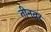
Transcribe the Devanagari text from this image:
तीनवर